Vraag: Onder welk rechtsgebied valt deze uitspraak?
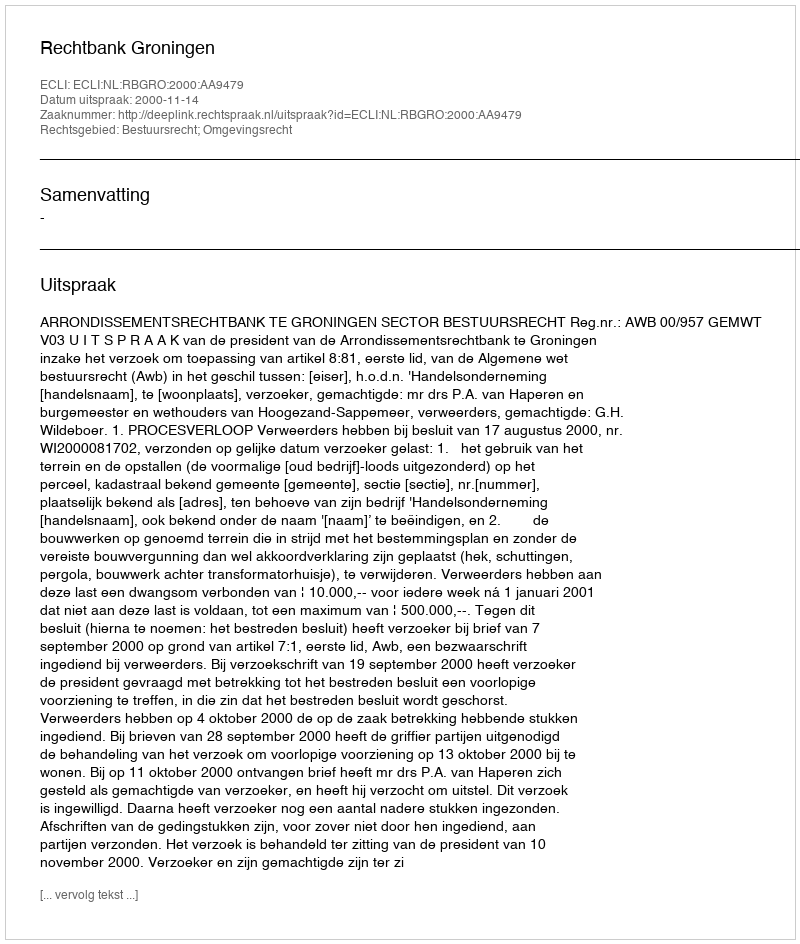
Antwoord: Bestuursrecht; Omgevingsrecht